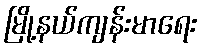
မြို့နယ်ကျန်းမာရေး